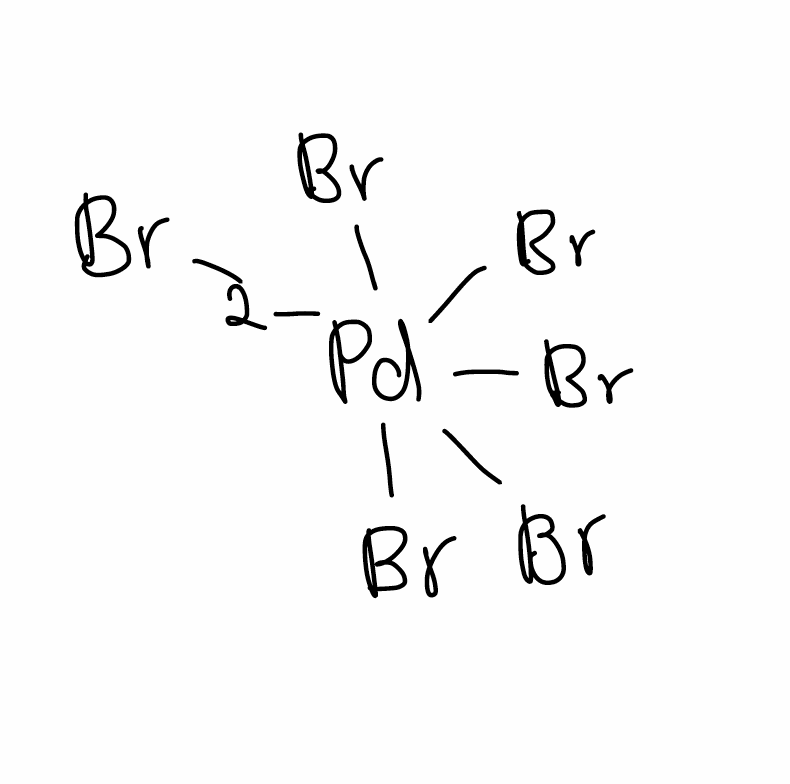
Simplified molecular-input line-entry system (SMILES) notation of the given molecule:
Br[Pd-2](Br)(Br)(Br)(Br)Br